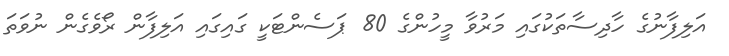
އަލިފާނުގެ ހާދިސާތަކުގައި މަރުވާ މީހުންގެ 80 ޕަސެންޓަކީ ގައިގައި އަލިފާން ރޯވެގެން ނުވަތަ